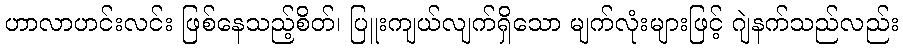
ဟာလာဟင်းလင်း ဖြစ်နေသည့်စိတ်၊ ပြူးကျယ်လျက်ရှိသော မျက်လုံးများဖြင့် ဂျဲနက်သည်လည်း